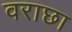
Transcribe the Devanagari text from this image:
वराछा